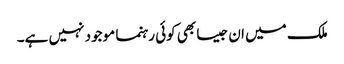
ملک میں ان جیسا بھی کوئی رہنما موجود نہیں ہے۔